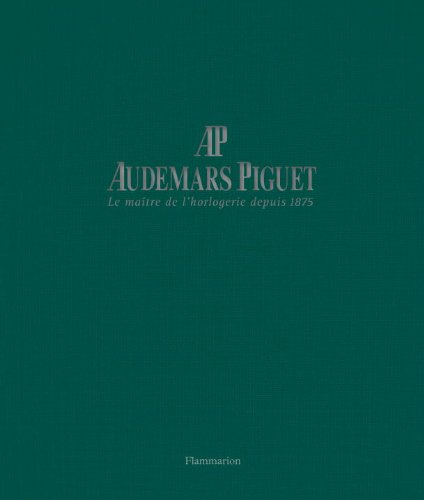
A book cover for Audemars Piguet: Master Watchmaker Since 1875; Francois Chaille; Crafts, Hobbies & Home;